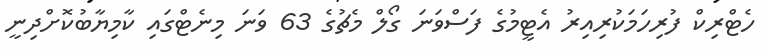
ހެޓްރިކް ފުރިހަމަކުރިއިރު އެޓީމުގެ ފަސްވަނަ ގޯލް މެޗުގެ 63 ވަނަ މިނެޓްގައި ކާމިޔާބުކޮށްދިނީ